Source: Handwritten
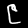
Digit: ၉ (9)